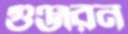
গুঞ্জরন